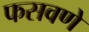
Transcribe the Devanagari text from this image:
फसवणे